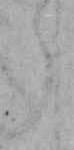
ら